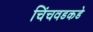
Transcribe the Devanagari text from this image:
चिंचवडकडे